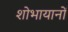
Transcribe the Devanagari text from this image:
शोभायानों